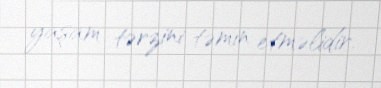
yaşam tərzini təmin etməlidir.